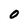
Character: 0